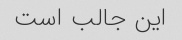
این جالب است